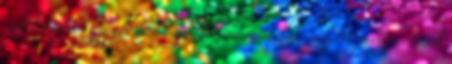
vidékeken a tűzgyorsaság az életben maradás esélyeit javítja. Azok